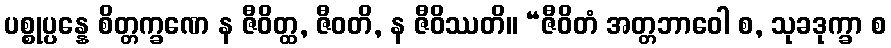
ပစ္စုပ္ပန္နေ စိတ္တက္ခဏေ န ဇီဝိတ္ထ, ဇီဝတိ, န ဇီဝိဿတိ။ “ဇီဝိတံ အတ္တဘာဝေါ စ, သုခဒုက္ခာ စ